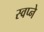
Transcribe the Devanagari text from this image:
स्वप्‍ने